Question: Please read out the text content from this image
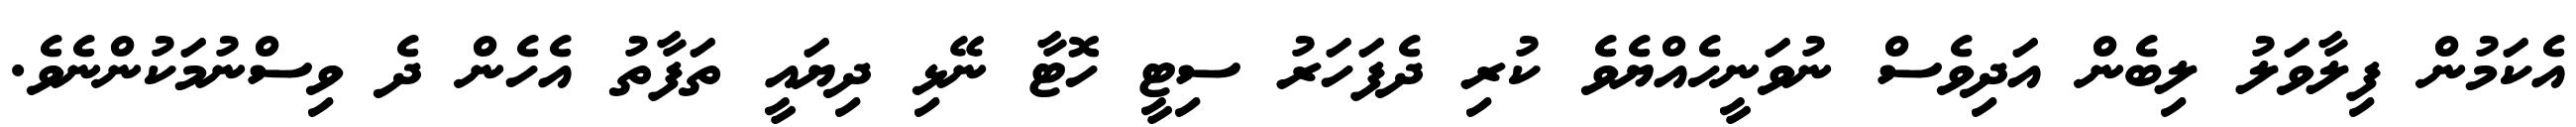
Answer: އެކަމުން ފިލާވަލު ލިބެން އަދިވެސް ނުވަނީހެއްޔެވެ ކުރި ދެފަހަރު ސިޓީ ހޮޓާ ނޭޅި ދިޔައީ ތަފާތު އެހެން ދެ ވިސްނުމަކުންނެވެ.